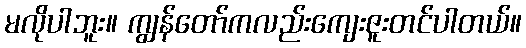
မလိုပါဘူး။ ကျွန်တော်ကလည်းကျေးဇူးတင်ပါတယ်။